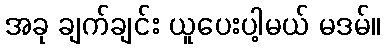
အခု ချက်ချင်း ယူပေးပါ့မယ် မဒမ်။